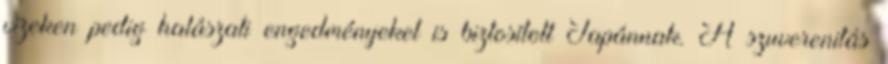
vizeken pedig halászati engedményeket is biztosított Japánnak. A szuverenitás